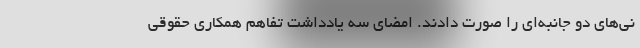
نی‌های دو جانبه‌ای را صورت دادند. امضای سه یادداشت تفاهم همکاری حقوقی